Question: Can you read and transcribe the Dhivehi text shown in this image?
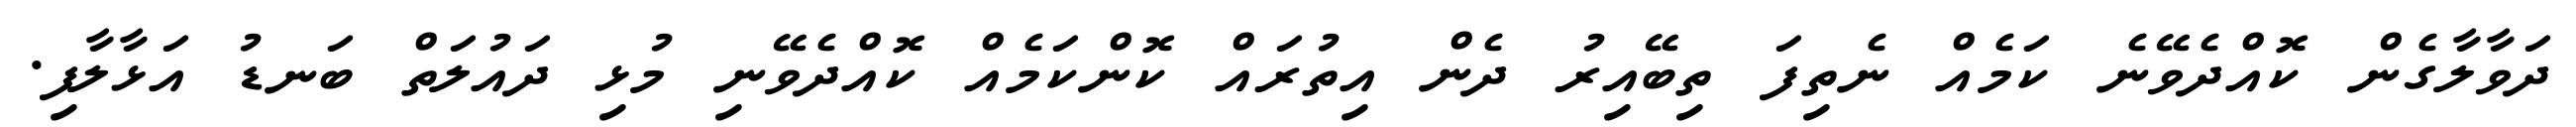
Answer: ދަވާލާގެން ކޮއްދެވޭނެ ކަމެއް ނެތިފަ ތިބޭއިރު ދެން އިތުރައް ކޮންކަމެއް ކޮއްދެވޭނި މުޅި ދައުލަތް ބަނޑު އަޅާލާފި.